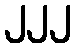
၂၂၂